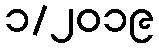
၁/၂၀၁၉